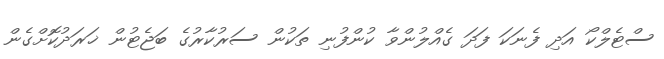
ސްޓެލްކޯ އަދި ފެނަކަ ފަދަ ގެއްލުންވާ ކުންފުނި ތަކުން ސަރުކާރުގެ ބަޖެޓުން ޚަރަދުކޮށްގެން